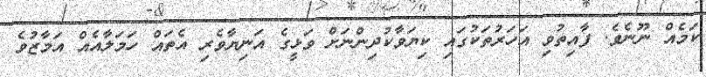
ކަމެއް ނޫނެވެ. ފާއިތުވި އަހަރުތަކުގައި ކިޔަވާކުދިންނަށް ވަޅީގެ އަނިޔާވެރި އެތައް ހަމަލާއެއް އަމާޒުވެ